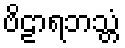
ဗိဠာရဘသ္တံ